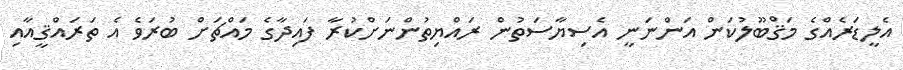
އެލީޑަރެއްގެ މަޤްބޫލުކަން އަންނަނީ އެސިޔާސަތުން ރައްޔިތުންނަށްކުރާ ފައިދާގެ މައްޗަށް ބުރަވެ އެ ތަރައްޤީއާއި